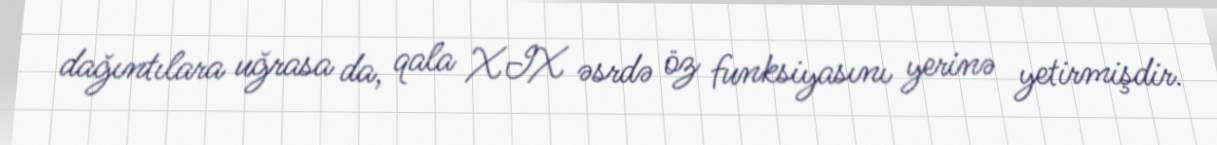
dağıntılara uğrasa da, qala XIX əsrdə öz funksiyasını yerinə yetirmişdir.